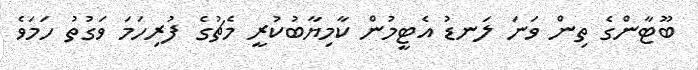
ބޫޓާންގެ ތިން ވަނަ ލަނޑު އެޓީމުން ކާމިޔާބުކުރީ މެޗުގެ ފުރިހަމަ ވަގުތު ހަމަވެ